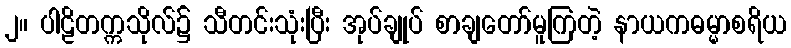
၂။ ပါဠိတက္ကသိုလ်၌ သီတင်းသုံးပြီး အုပ်ချုပ် စာချတော်မူကြတဲ့ နာယကဓမ္မာစရိယ